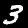
Digit: 3